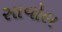
સાવોલ